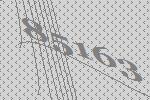
85163